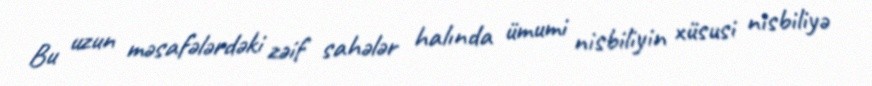
Bu uzun məsafələrdəki zəif sahələr halında ümumi nisbiliyin xüsusi nisbiliyə